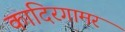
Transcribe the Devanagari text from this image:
कादिरगामर